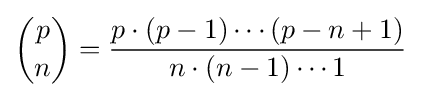
{\binom {p}{n}}={\frac {p\cdot (p-1)\cdots (p-n+1)}{n\cdot (n-1)\cdots 1}}